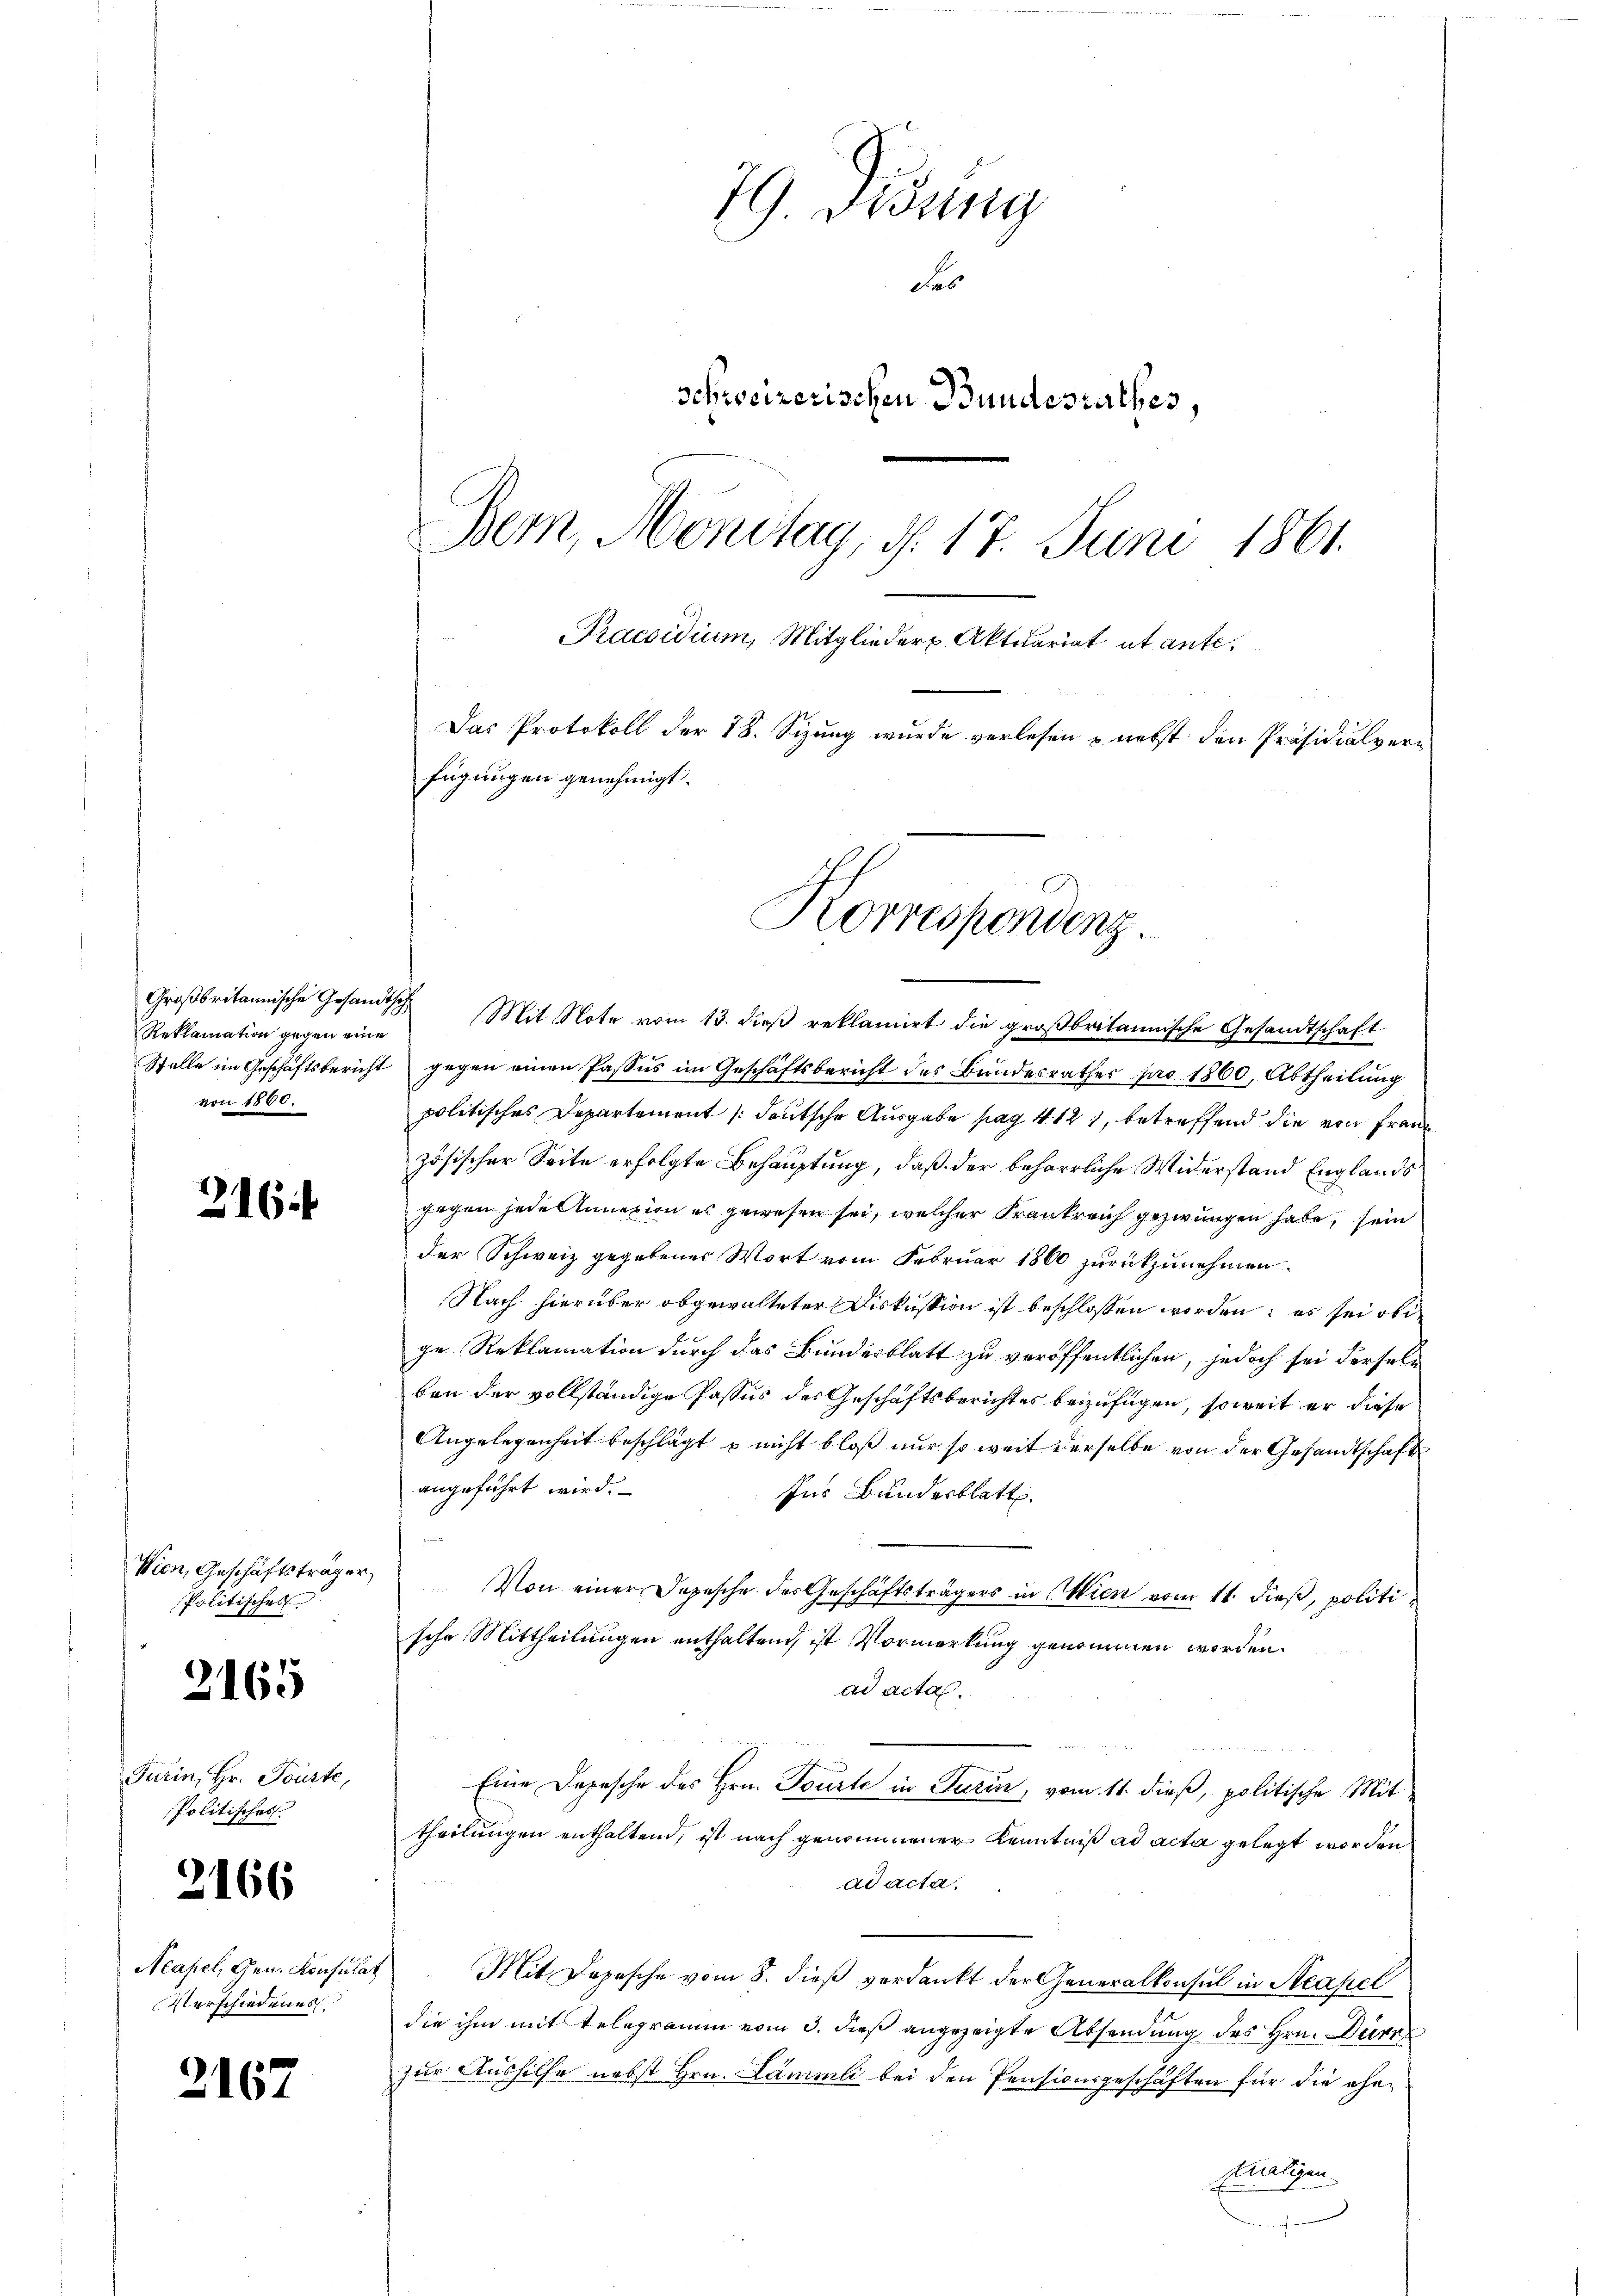
Reklamation gegen eine
von 1800.

316

Wien, Geschäftsträger
Politisches

2165

Furin, Hr. Tourte,
Politisches

2166

Acapel, Gen. Konsulat
Verschiedenes.

2167

Großbritannische Gesamte Mit Note vom 13. dieβ reklamirt die großbritannische Gesandtschaft
Stelle im Geschäftsbericht gegen einen Passus im Geschäftsbericht des Bundesrathes pro 1860, Abtheilung
politisches Departement /: deutsche Ausgabe pag. 412 1, betreffend die von Franz
zösischer Seite erfolgte Behauptung, daß der beharrliche Widerstand Englands
gegen jede Annexion es gewesen sei, welcher Krankreich gezwungen habe, sein
der Schweiz gegebenes Wort vom Februar 1860 zurückzunehmen.
Nach hierüber obgewalteter Diskussion ist beschlossen werden; es sei obe
ge Reklamation durch das Bundesblatt zu veröffentlichen, jedoch sei derselben der vollständige Passus des Geschäftsberichtes beizufügen, soweit er diese
Angelegenheit beschlägt u nicht bloß nur so weit derselbe von der Gesandtschaft
angeführt wird.
Ins Bundesblatt
3
Von einer Depesche des Geschäftsträgers in Wien vom 11. dieß, politische Mittheilungen enthaltend, ist Vormerkung genommen worden.
ad acta.
Eine Depesche des Hrn. Tourte in Turin, vom 11. dieß, politische Mit
theilungen enthaltend, ist nach genommener Kenntniß ad acta gelegt worden
ad acta.
Mit Depesche vom 8. dieß verdankt der Generalkonsul in Neapel
die ihm mit Telegramm vom 3. dieß angezeigte Absendung des Hrn. Dürr
zur Aushilfe nebst Hrn. Lämmli bei den Pensionsgeschäften für die ehefnätigen.

79. Didung
des
schweizerischen Bundesrathes,
Bern, Montag, d. 17. Juni 1861.
Praesidium, Mitglieder Aktuariat et ante¬
Das Protokoll der 18. Sizung wurde verlesen & nebst den Präsidialverfügungen genehmigt.

Korrespondenz.